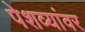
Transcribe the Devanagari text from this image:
पेशव्यांवर